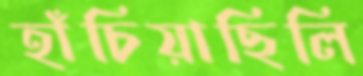
হাঁচিয়াছিলি